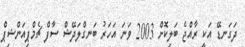
ދަގަނޑޭ އަކީ ރާއްޖެ ބަލިކޮށް 2003 ވަނަ އަހަރު ބަނގްލަދޭޝް ސާފް ޗެމްޕިއަންޝިޕް